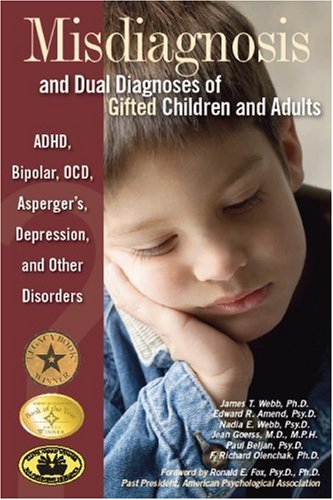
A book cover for Misdiagnosis and Dual Diagnoses of Gifted Children and Adults: ADHD, Bipolar, Ocd, Asperger's, Depression, and Other Disorders; James T. Webb; Medical Books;